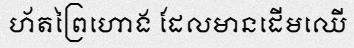
ហ័តព្រៃហោង ដែលមានដើមឈើ